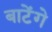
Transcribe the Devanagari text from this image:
बाटेंगे